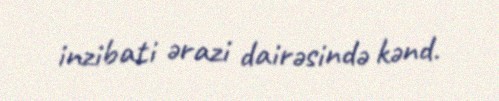
inzibati ərazi dairəsində kənd.